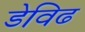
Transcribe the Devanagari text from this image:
डेविढ